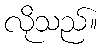
လိုသည်။